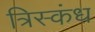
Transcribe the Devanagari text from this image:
त्रिस्कंध